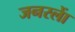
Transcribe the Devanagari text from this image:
जनरलाें